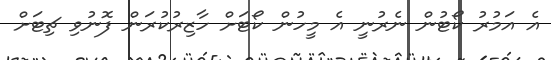
އެ އަމުރު ކޯޓުން ނެރުނީ އެ މީހުން ކޯޓަށް ހާޒިރުކުރަން ފޮނުވި ޗިޓަށް